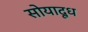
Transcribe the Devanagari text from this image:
सोयादूध